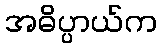
အဓိပ္ပာယ်က